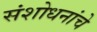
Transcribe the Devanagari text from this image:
संशोधनांचे